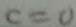
c = 0